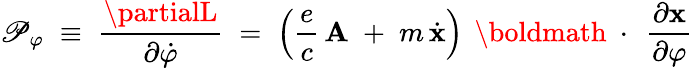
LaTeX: \mathscr{P}_{\varphi}\; \equiv\; \frac{{\partialL}}{{\partial\dot{{\varphi}}}}\; =\; \left(\frac{{e}}{{c}}\, {\mathbf{A}}\; +\; m\, \dot{{\mathbf{x}}}\right)\, \mathrm{{~\boldmath~\cdot~}}\, \frac{{\partial\mathbf{x}}}{{\partial\varphi}}